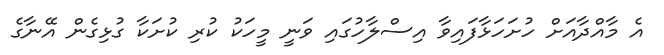
އެ މާއްދާއަށް ހުށަހަޅާފައިވާ އިސްލާހުގައި ވަނީ މީހަކު ކުރި ކުށަކާ ގުޅިގެން އޭނާގެ